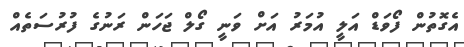
އެގޮތުން ފޯވަޑް އަލީ އުމަރު އަށް ވަނީ ގޯލް ޖަހަން ރަނުގެ ފުރުސަތެއް